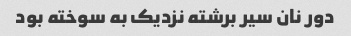
دور نان سیر برشته نزدیک به سوخته بود